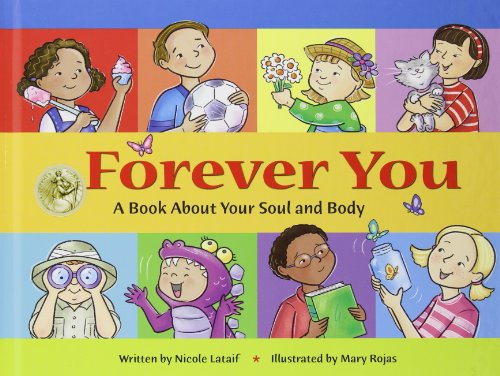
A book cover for Forever You: A Book about Your Soul and Body; Nicole Lataif; Christian Books & Bibles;